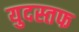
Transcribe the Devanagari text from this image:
युदस्तफ